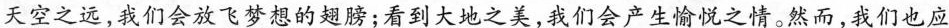
天空之远，我们会放飞梦想的翅膀；看到大地之美，我们会产生愉悦之情。然而，我们也应